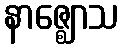
နာဇ္ဈောသ